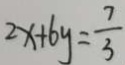
2 x + 6 y = \frac { 7 } { 3 }